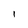
Character: l